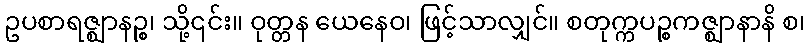
ဥပစာရဇ္ဈာနဉ္စ၊ သို့၎င်း။ ဝုတ္တန ယေနေဝ၊ ဖြင့်သာလျှင်။ စတုက္ကပဉ္စကဇ္ဈာနာနိ စ၊